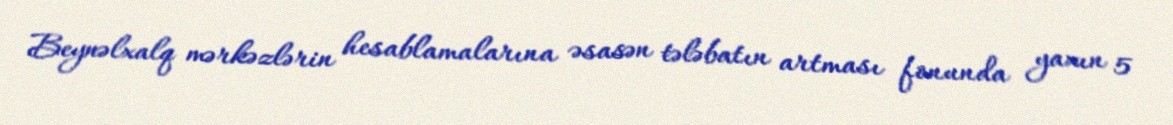
Beynəlxalq mərkəzlərin hesablamalarına əsasən tələbatın artması fonunda yaxın 5